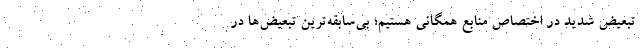
تبعیض شدید در اختصاص منابع همگانی هستیم؛ بی‌سابقه‌ترین تبعیض‌ها در